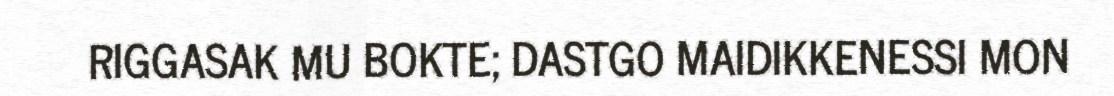
RIGGASAK MU BOKTE; DASTGO MAIDIKKENESSI MON